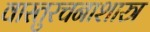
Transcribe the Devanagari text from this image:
वास्तुरचनाशास्त्र